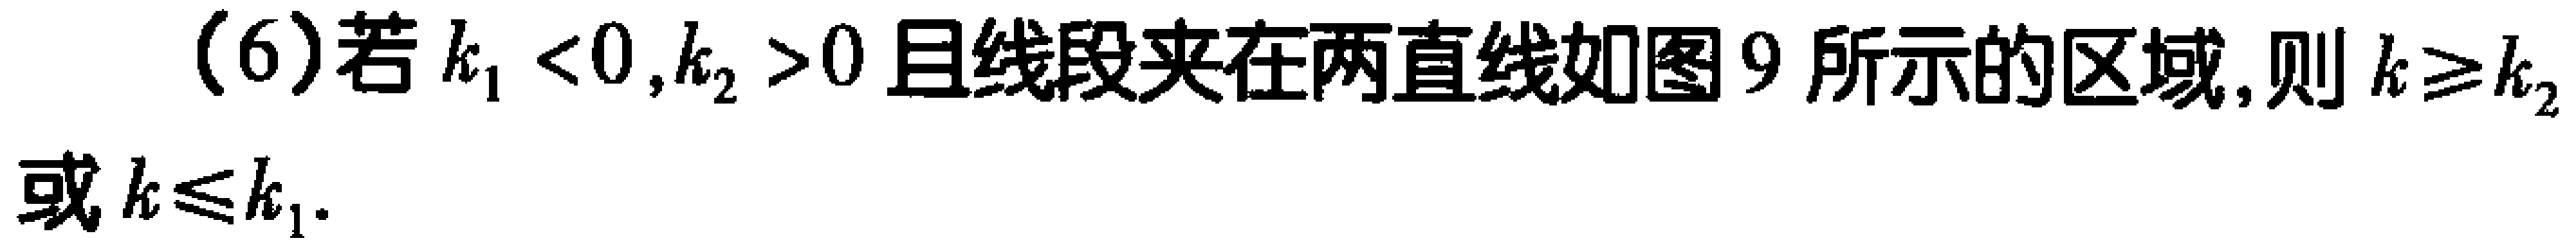
(6)若\(k_{1}<0,k_{2}>0\)且线段夹在两直线如图9所示的区域,则\(k\geqslant k_{2}\)或\(k\leqslant k_{1}\).